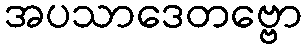
အပသာဒေတဗ္ဗော